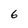
Character: 6